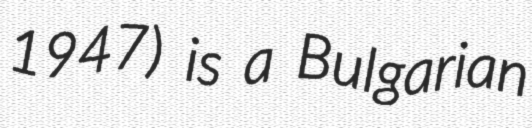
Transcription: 1947) is a Bulgarian